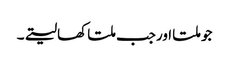
جو ملتا اورجب ملتا کھالیتے۔